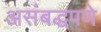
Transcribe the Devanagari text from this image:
असंबद्धपणे